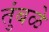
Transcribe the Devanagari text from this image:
तुंबळे